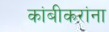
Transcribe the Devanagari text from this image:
कांबीकरांना